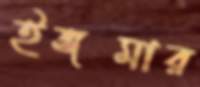
ইঙ্গমার